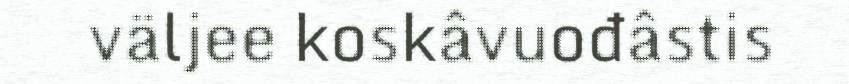
väljee koskâvuođâstis